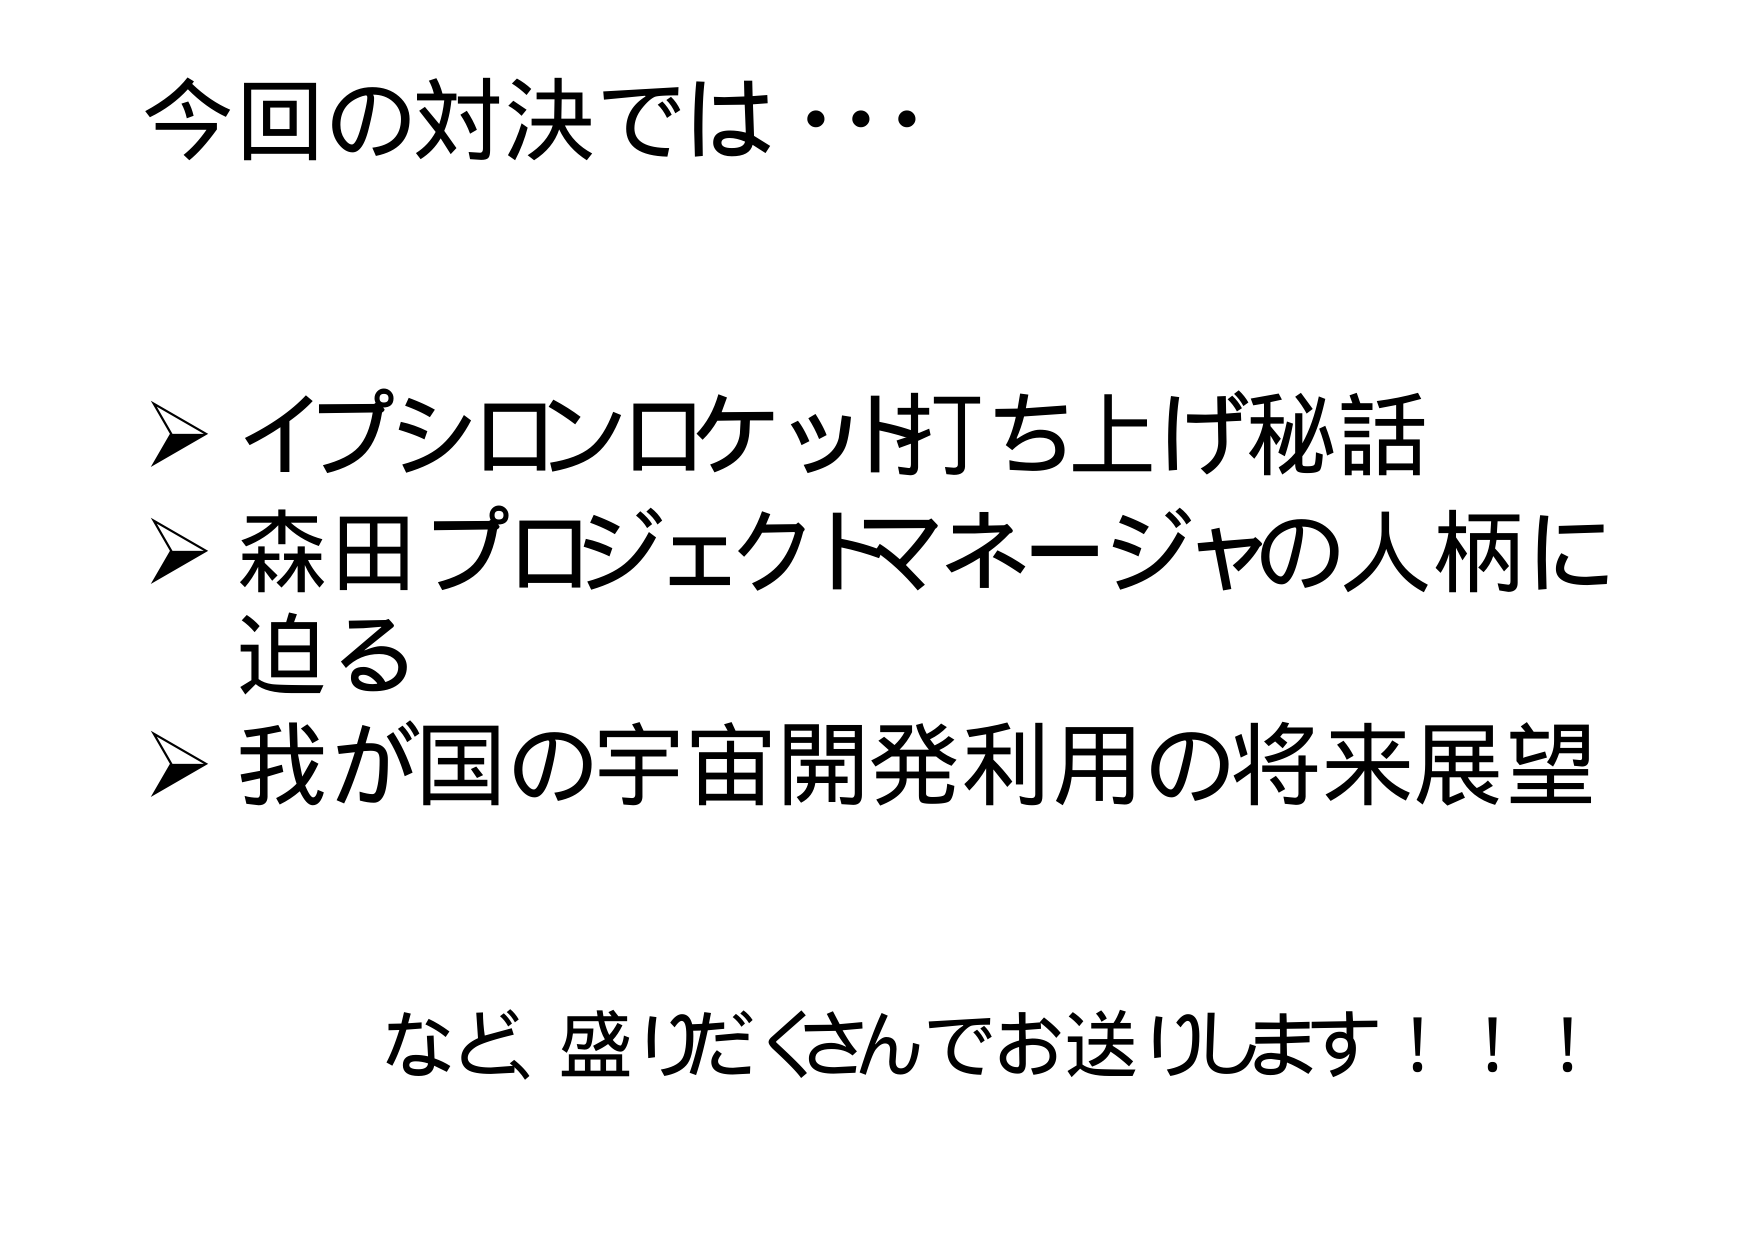
今回の対決では…

▶ イプシロンロケット打ち上げ秘話
▶ 森田プロジェクトマネージャの人柄に迫る
▶ 我が国の宇宙開発利用の将来展望

など、盛りだくさんでお送りします！！！